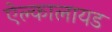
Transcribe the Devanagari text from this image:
ऐल्कालायड